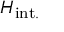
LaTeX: H _ { \mathrm { i n t . } }